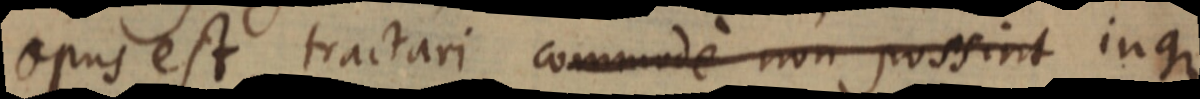
opus est tractari commode non possint inque